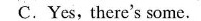
C.Yes,there's some.